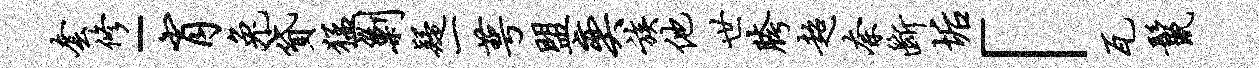
套修-肖兔贷猛剿疑一萼盟奕族他世胯超奈断垢「瓦鬣